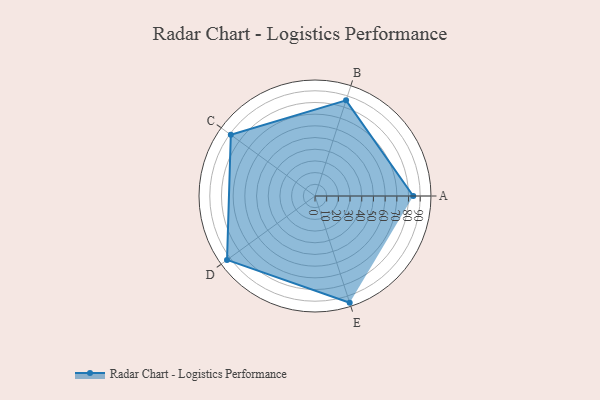
{"axis": {"x": "Skill", "y": "Score"}, "legend": ["Profile"], "data": [{"x": "A", "y": 84.0, "type": "Profile"}, {"x": "B", "y": 86.0, "type": "Profile"}, {"x": "C", "y": 89.0, "type": "Profile"}, {"x": "D", "y": 93.0, "type": "Profile"}, {"x": "E", "y": 96.0, "type": "Profile"}]}